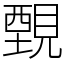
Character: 䚈